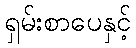
ရှမ်းစာပေနှင့်